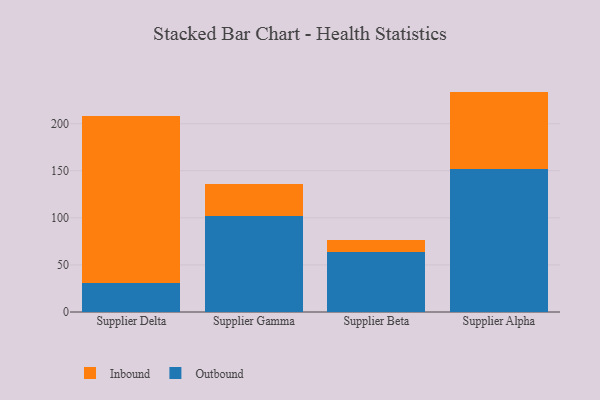
{"axis": {"x": "Supplier", "y": "Temperature (°C)"}, "legend": ["Inbound", "Outbound"], "data": [{"x": "Supplier Delta", "y": 30.4, "type": "Outbound"}, {"x": "Supplier Delta", "y": 177.3, "type": "Inbound"}, {"x": "Supplier Gamma", "y": 101.6, "type": "Outbound"}, {"x": "Supplier Gamma", "y": 34.4, "type": "Inbound"}, {"x": "Supplier Beta", "y": 63.4, "type": "Outbound"}, {"x": "Supplier Beta", "y": 12.7, "type": "Inbound"}, {"x": "Supplier Alpha", "y": 151.6, "type": "Outbound"}, {"x": "Supplier Alpha", "y": 82.5, "type": "Inbound"}]}